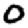
Digit: 0